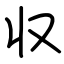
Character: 収